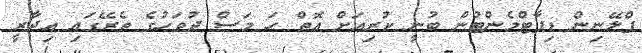
ޕްލޭނިން ޑިޕާޓްމެންޓުން ބުނީ ކުރިއަށް އޮތް ހަ މަސް ދުވަހުގެ ތެރޭގައި އިދާރީ